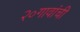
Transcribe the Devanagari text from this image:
२०गावांची